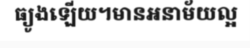
ធ្យូងឡើយ។មានអនាម័យល្អ